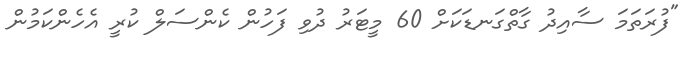
"ފުރަތަމަ ސާއިދު ގާތްގަނޑަކަށް 60 މީޓަރު ދުވި ފަހުން ކެންސަލް ކުރީ އެހެންކަމުން